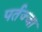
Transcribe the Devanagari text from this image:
पर्तज्जा